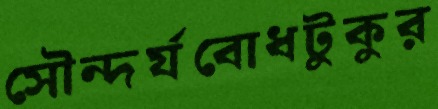
সৌন্দর্যবোধটুকুর